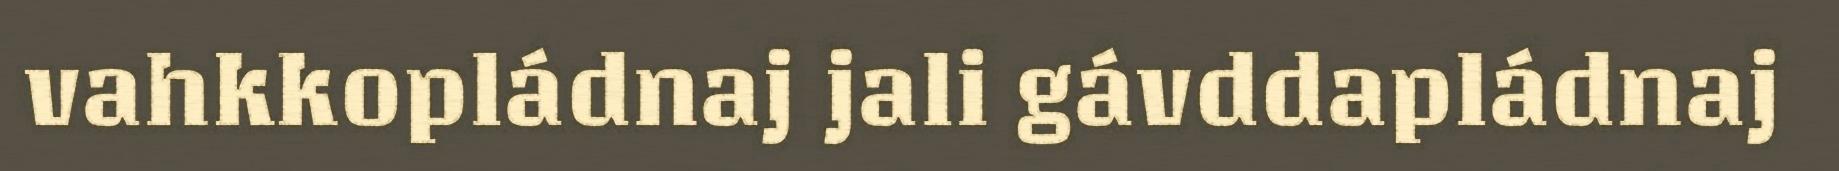
vahkkopládnaj jali gávddapládnaj